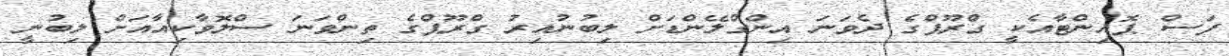
ފަސް ޕޮއިންޓާއެކީ ގްރޫޕްގެ ދެވަނަ އިންގްލޭންޑަށް ލިބުނުއިރު ގްރޫޕްގެ ތިންވަނަ ސްލޮވާކިއާއަށް ލިބުނީ